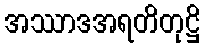
အဿာဒအရတိတုဋ္ဌိ